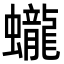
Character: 蠬